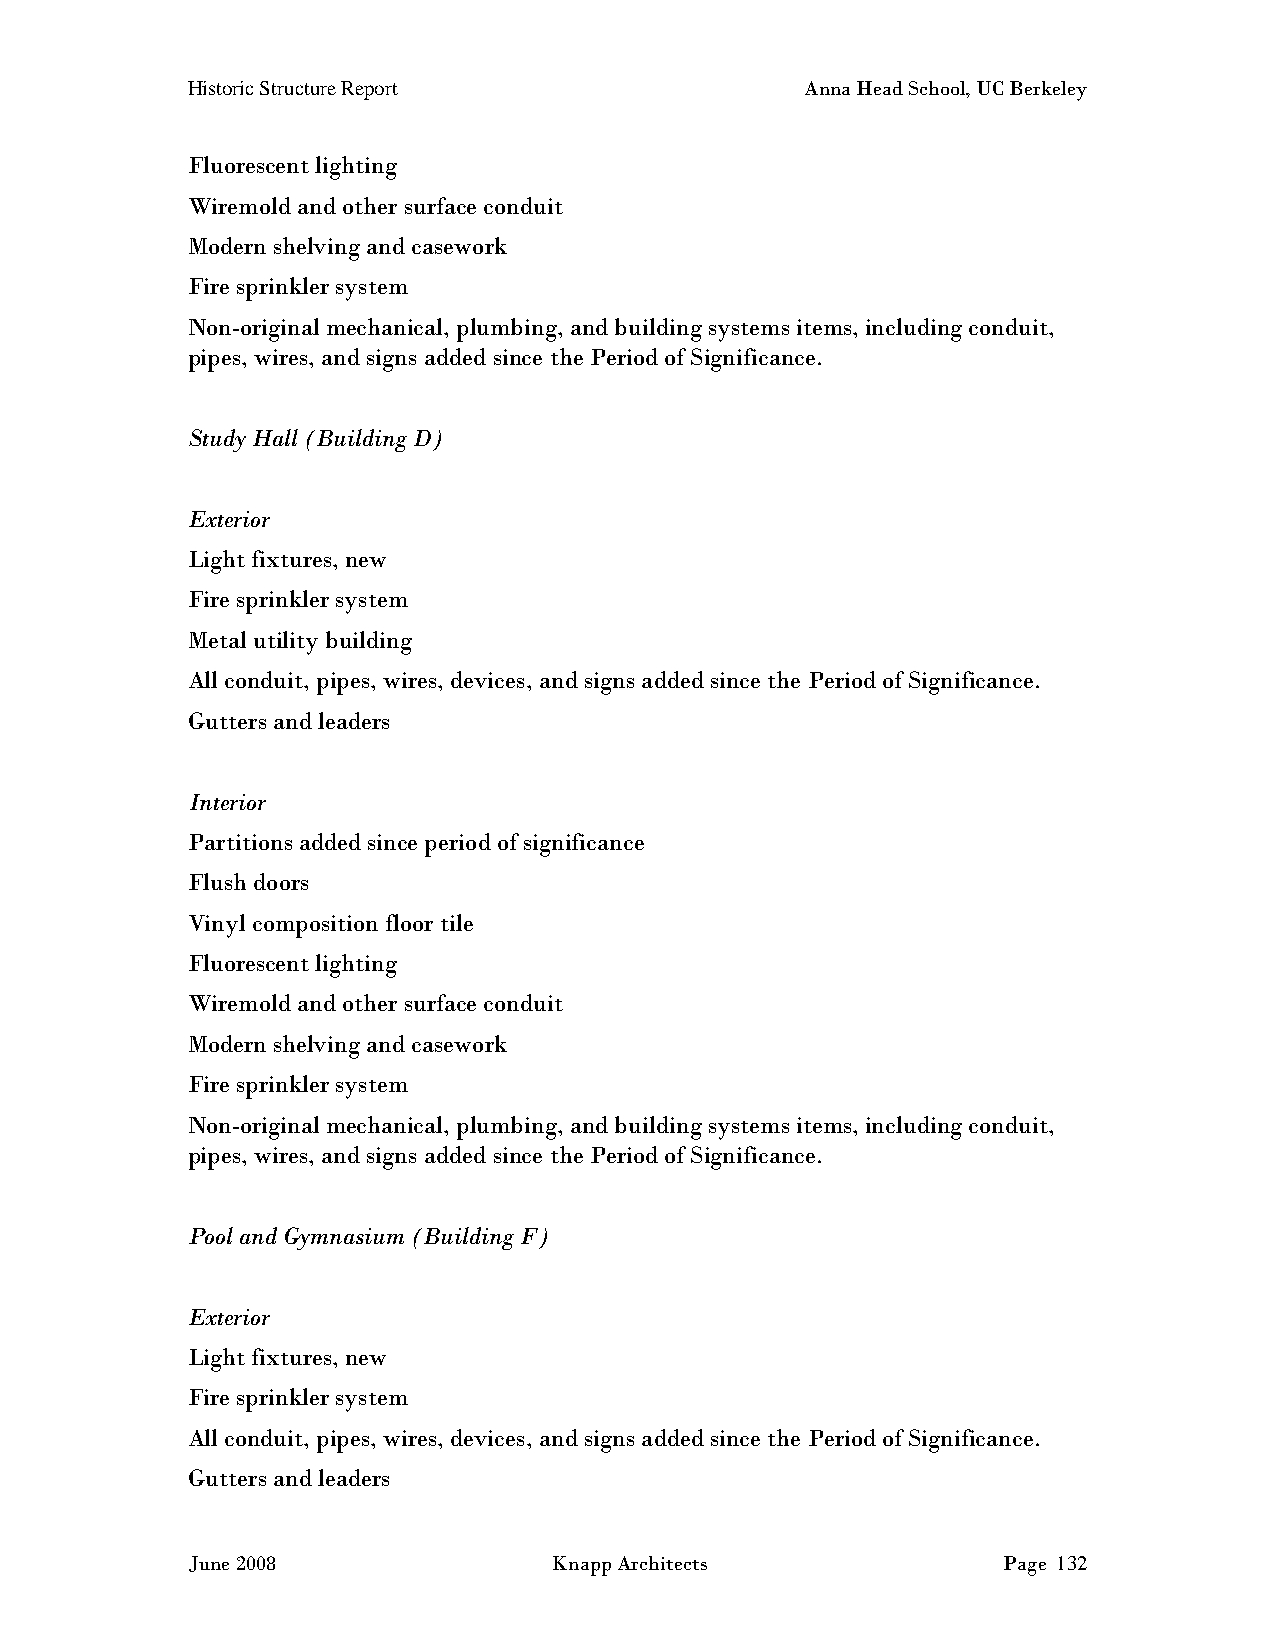
Historic Structure Report                Anna Head School, UC Berkeley
 Fluorescent lighting
 Wiremold and other surface conduit
 Modern shelving and casework
 Fire sprinkler system
 Non-original mechanical, plumbing, and building systems items, including conduit,
 pipes, wires, and signs added since the Period of Significance.
 Study Hall (Building D)
 Exterior
 Light fixtures, new
 Fire sprinkler system
 Metal utility building
 All conduit, pipes, wires, devices, and signs added since the Period of Significance.
 Gutters and leaders
 Interior
 Partitions added since period of significance
 Flush doors
 Vinyl composition floor tile
 Fluorescent lighting
 Wiremold and other surface conduit
 Modern shelving and casework
 Fire sprinkler system
 Non-original mechanical, plumbing, and building systems items, including conduit,
 pipes, wires, and signs added since the Period of Significance.
 Pool and Gymnasium (Building F)
 Exterior
 Light fixtures, new
 Fire sprinkler system
 All conduit, pipes, wires, devices, and signs added since the Period of Significance.
 Gutters and leaders
 June 2008                Knapp Architects             Page 132